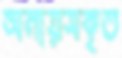
অনায়সকৃত